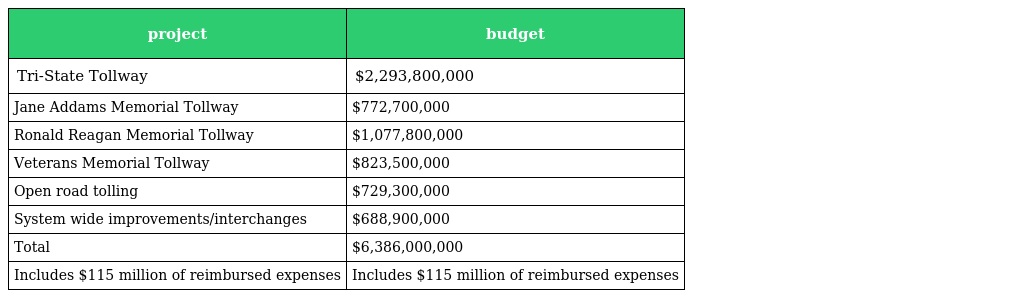
| project | budget |
 | --- | --- |
 | Tri-State Tollway | $2,293,800,000 |
 | Jane Addams Memorial Tollway | $772,700,000 |
 | Ronald Reagan Memorial Tollway | $1,077,800,000 |
 | Veterans Memorial Tollway | $823,500,000 |
 | Open road tolling | $729,300,000 |
 | System wide improvements/interchanges | $688,900,000 |
 | Total | $6,386,000,000 |
 | Includes $115 million of reimbursed expenses | Includes $115 million of reimbursed expenses |